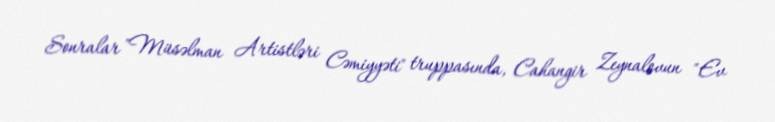
Sonralar "Müsəlman Artistləri Cəmiyyəti" truppasında, Cahangir Zeynalovun "Ev